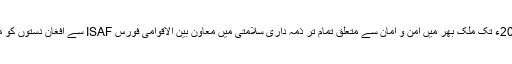
اس کے تحت 2014ء تک ملک بھر میں امن و امان سے متعلق تمام تر ذمہ داری سلامتی میں معاون بین الاقوامی فورس ISAF سے افغان دستوں کو منتقل ہو جائے گی۔